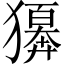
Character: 𤢫